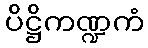
ပိဋ္ဌိကဏ္ဍကံ